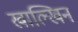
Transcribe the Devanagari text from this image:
खाल्खिन